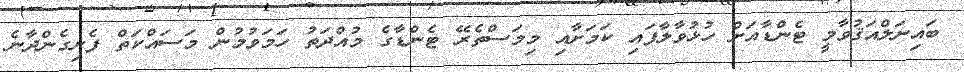
ބައިނަލްއަޤުވާމީ ޓެންޑާއަށް ހުޅުވާލާފައި ކަމަށާއި މިމަސްތެރޭ ޓެންޑާގެ މުއްދަތު ހަމަވުމުން މަސައްކަތް ފެށިގެންދާނެ